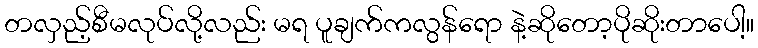
တလှည့်စီမလုပ်လို့လည်း မရ ပူချက်ကလွန်ရော နဲ့ဆိုတော့ပိုဆိုးတာပေါ့။